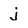
Character: j